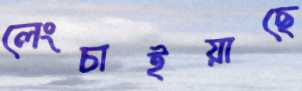
লেংচাইয়াছে